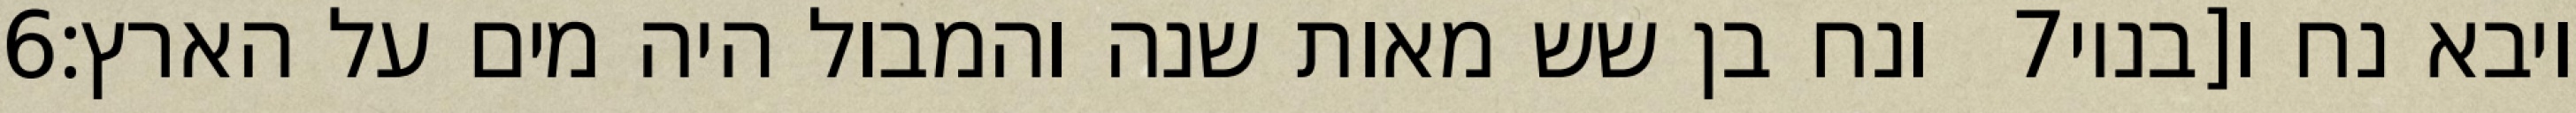
‎6‏ ונח בן שש מאות שנה והמבול היה מים על הארץ׃ ‎7‏ ויבא נח ו[בניו